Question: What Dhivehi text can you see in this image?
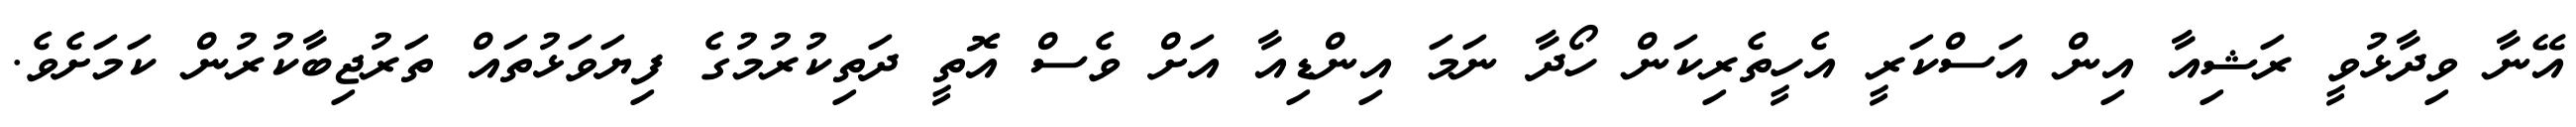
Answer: އޭނާ ވިދާޅުވީ ރަޝިއާ އިން އަސްކަރީ އެހީތެރިކަން ހޯދާ ނަމަ އިންޑިއާ އަށް ވެސް އޮތީ ދަތިކުރުމުގެ ފިޔަވަޅުތައް ތަރުޖިބާކުރުން ކަމަށެވެ.